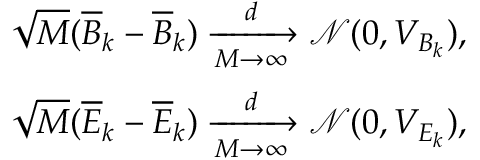
\begin{array} { r } { \sqrt { M } ( \overline { { B } } _ { k } - \overline { { B } } _ { k } ) \xrightarrow [ M \rightarrow \infty ] { d } \mathcal { N } ( 0 , V _ { B _ { k } } ) , } \\ { \sqrt { M } ( \overline { { E } } _ { k } - \overline { { E } } _ { k } ) \xrightarrow [ M \rightarrow \infty ] { d } \mathcal { N } ( 0 , V _ { E _ { k } } ) , } \end{array}